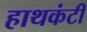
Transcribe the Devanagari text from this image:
हाथकंटी